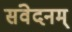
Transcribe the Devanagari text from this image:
संवेदनम्‌